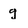
Character: g